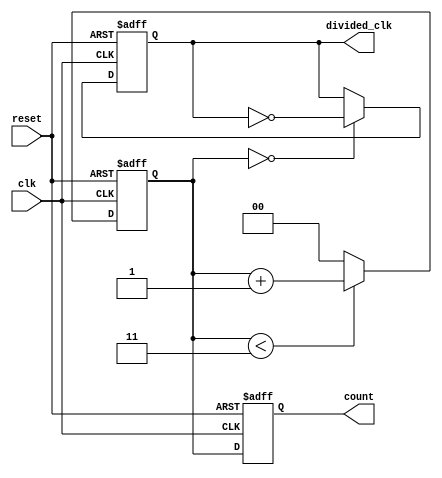
module divide_by_n_counter #(
    parameter N = 4 // Default value of N is 4, can be overridden
) (
    input wire clk,
    input wire reset,
    output reg [clog2(N)-1:0] count,
    output reg divided_clk
);

    // Calculate log2 of N
    function integer clog2;
        input integer value;
        begin
            value = value - 1;
            for (clog2 = 0; value > 0; clog2 = clog2 + 1)
                value = value >> 1;
        end
    endfunction

    // Internal counter
    reg [clog2(N)-1:0] internal_counter;

    always @(posedge clk or posedge reset) begin
        if (reset) begin
            internal_counter <= 0;
            count <= 0;
            divided_clk <= 0; // Ensure divided clock is reset as well
        end else begin
            // Increment counter
            if (internal_counter < N-1) begin
                internal_counter <= internal_counter + 1;
            end else begin
                internal_counter <= 0; // Reset counter after reaching N
            end
            
            // Update count output
            count <= internal_counter;

            // Toggle divided_clk every N counts
            if (internal_counter == 0) begin
                divided_clk <= ~divided_clk;
            end
        end
    end

endmodule